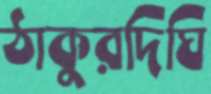
ঠাকুরদিঘি